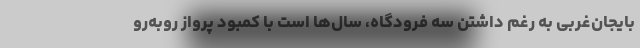
بایجان‌غربی به رغم داشتن سه فرودگاه، سال‌ها است با کمبود پرواز روبه‌رو